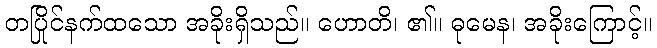
တပြိုင်နက်ထသော အခိုးရှိသည်။ ဟောတိ၊ ၏။ ဓုမေန၊ အခိုးကြောင့်။